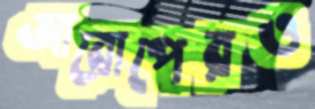
আরোপেরও